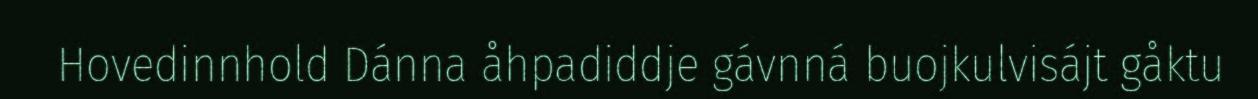
Hovedinnhold Dánna åhpadiddje gávnná buojkulvisájt gåktu